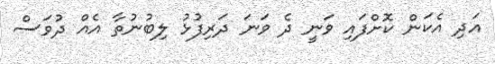
އަދި އެކަން ކޮށްފައި ވަނީ ދެ ވަނަ ދަރިފުޅު ލިބުނުތާ އެއް ދުވަސް